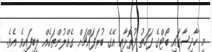
މި ހާދިސާގައި ބޯޓްގެ ފަހަތު ފުރޮޅާއި އޭގެ ބުރަފައްޗަށް ގެއްލުންތަކެއް ލިބިފައިވެ އެވެ.